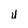
Character: u